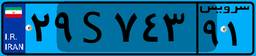
۹۲S۴۰۴۵۸